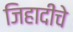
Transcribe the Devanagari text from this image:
जिहादींचे